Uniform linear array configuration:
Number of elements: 24
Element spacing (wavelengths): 0.25
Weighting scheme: blackman
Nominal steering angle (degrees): -15
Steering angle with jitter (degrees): -16.018
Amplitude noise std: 0.05
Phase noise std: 0.05

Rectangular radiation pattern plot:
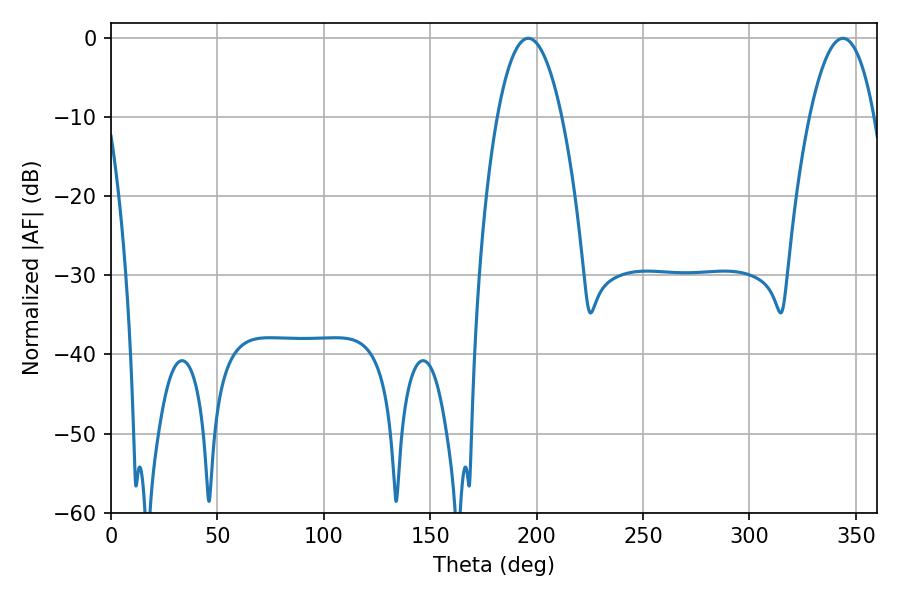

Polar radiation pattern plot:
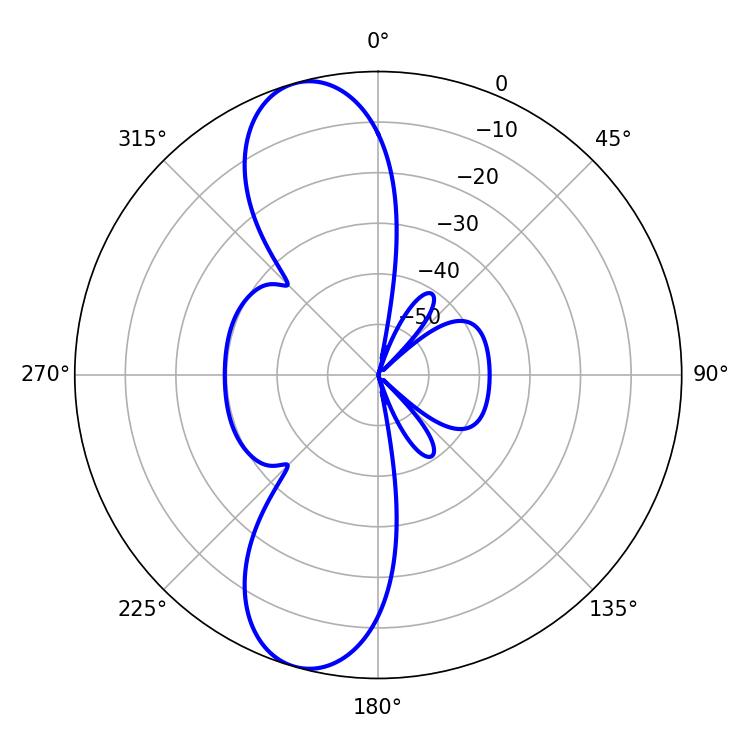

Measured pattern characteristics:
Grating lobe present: FALSE
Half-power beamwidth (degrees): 16.74
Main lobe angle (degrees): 196.02